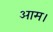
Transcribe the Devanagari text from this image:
आम।